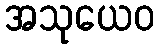
အသုယေဝ